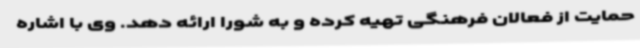
حمایت از فعالان فرهنگی تهیه کرده و به شورا ارائه دهد. وی با اشاره